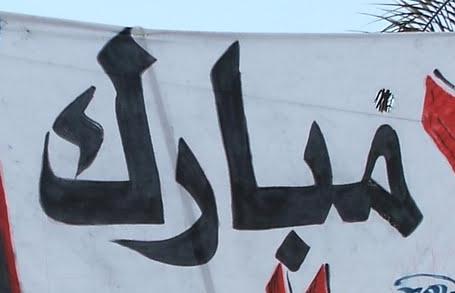
مبارك